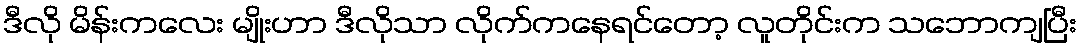
ဒီလို မိန်းကလေး မျိုးဟာ ဒီလိုသာ လိုက်ကနေရင်တော့ လူတိုင်းက သဘောကျပြီး